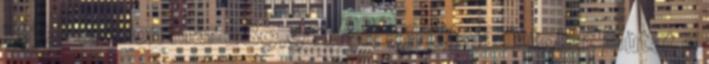
vételi oldalon már 289,9 forint körüli ajánlatokat mutat a